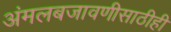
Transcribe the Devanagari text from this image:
अंमलबजावणीसाठीही